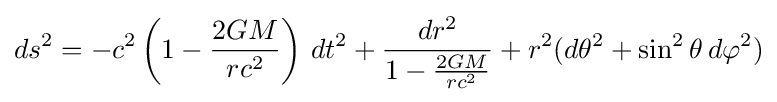
ds^{2}=-c^{2}\left(1-{\frac {2GM}{rc^{2}}}\right)\,dt^{2}+{\frac {dr^{2}}{1-{\frac {2GM}{rc^{2}}}}}+r^{2}(d\theta ^{2}+\sin ^{2}\theta \,d\varphi ^{2})